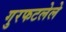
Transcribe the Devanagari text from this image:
गुरफटलेले